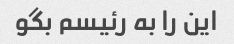
این را به رئیسم بگو